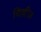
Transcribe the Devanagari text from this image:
चिल्लीज़